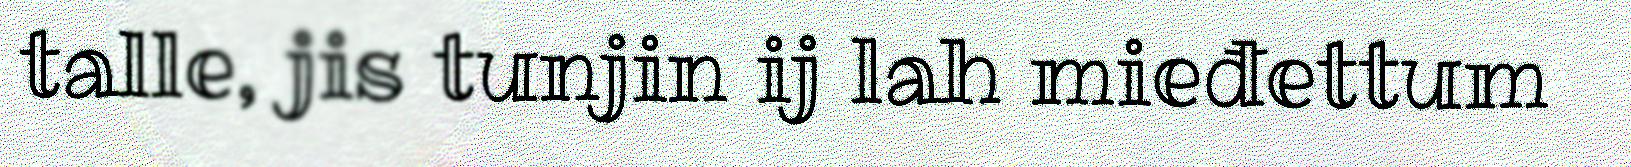
talle, jis tunjin ij lah mieđettum